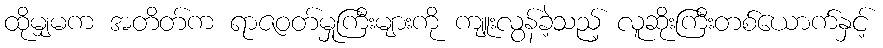
ထိုမျှမက အတိတ်က ရာဇဝတ်မှုကြီးများကို ကျူးလွန်ခဲ့သည့် လူဆိုးကြီးတစ်ယောက်နှင့်